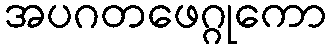
အပဂတဖေဂ္ဂုကော